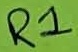
Text: R1